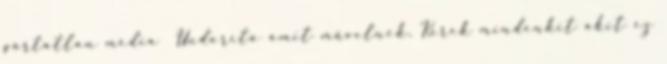
pártatlan média Undorító amit művelnek. Kérek mindenkit akit ez